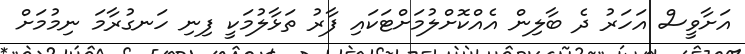
އަށާވީސް އަހަރު ދެ ބާލިން އެއްކޮށްލުމަށްޓަކައި ފާރު ތަޅާލުމަކީ ފިނި ހަނގުރާމަ ނިމުމަށް